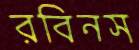
রবিনস